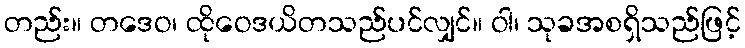
တည်း။ တဒေဝ၊ ထိုဝေဒယိတသည်ပင်လျှင်။ ဝါ၊ သုခအစရှိသည်ဖြင့်